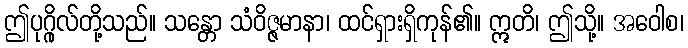
ဤပုဂ္ဂိုလ်တို့သည်။ သန္တော သံဝိဇ္ဇမာနာ၊ ထင်ရှားရှိကုန်၏။ ဣတိ၊ ဤသို့။ အဝေါစ၊